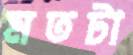
মতটা